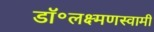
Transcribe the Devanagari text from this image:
डॉ॰लक्ष्मणस्वामी